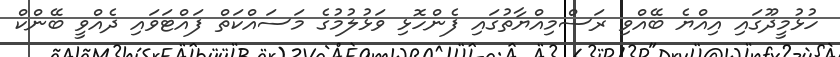
ހުޅުމީދޫގައި އިއްޔެ ބޭއްވި ރަސްމިއްޔާތުގައި ފެންހޮޅި ވަޅުލުމުގެ މަސައްކަތް ފައްޓަވައި ދެއްވީ ބޭންކް